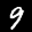
Label: 9